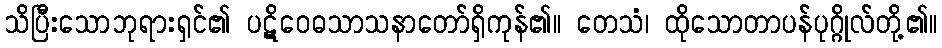
သိပြီးသောဘုရားရှင်၏ ပဋိဝေဓသာသနာတော်ရှိကုန်၏။ တေသံ၊ ထိုသောတာပန်ပုဂ္ဂိုလ်တို့၏။